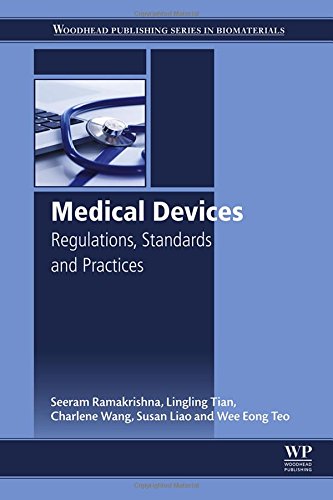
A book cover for Medical Devices: Regulations, Standards and Practices; Seeram Ramakrishna; Engineering & Transportation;